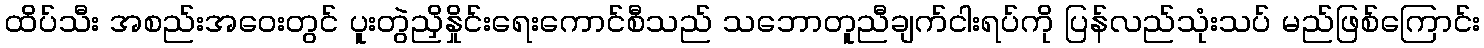
ထိပ်သီး အစည်းအဝေးတွင် ပူးတွဲညှိနှိုင်းရေးကောင်စီသည် သဘောတူညီချက်ငါးရပ်ကို ပြန်လည်သုံးသပ် မည်ဖြစ်ကြောင်း